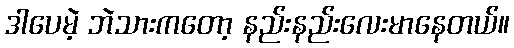
ဒါပေမဲ့ ဘဲသားကတော့ နည်းနည်းလေးမာနေတယ်။